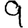
Digit: 9